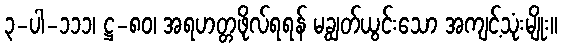
၃-ပါ-၁၁၁၊ ဋ္ဌ-၈၀၊ အရဟတ္တဖိုလ်ရရန် မချွတ်ယွင်းသော အကျင့်သုံးမျိုး။